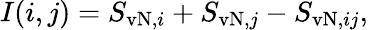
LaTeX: I(i,j)=S_{\mathrm{vN},i}+S_{\mathrm{vN},j}-S_{\mathrm{vN},ij},